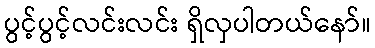
ပွင့်ပွင့်လင်းလင်း ရှိလှပါတယ်နော်။